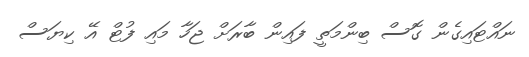
ނައްޓައިގެން ގޮސް ބިންމަތީ ފައިން ބާރަށް ޖަހާ މައި ފުޓް އޭ ކިޔަސް